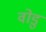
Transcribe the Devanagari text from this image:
वोडु